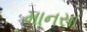
માનસા